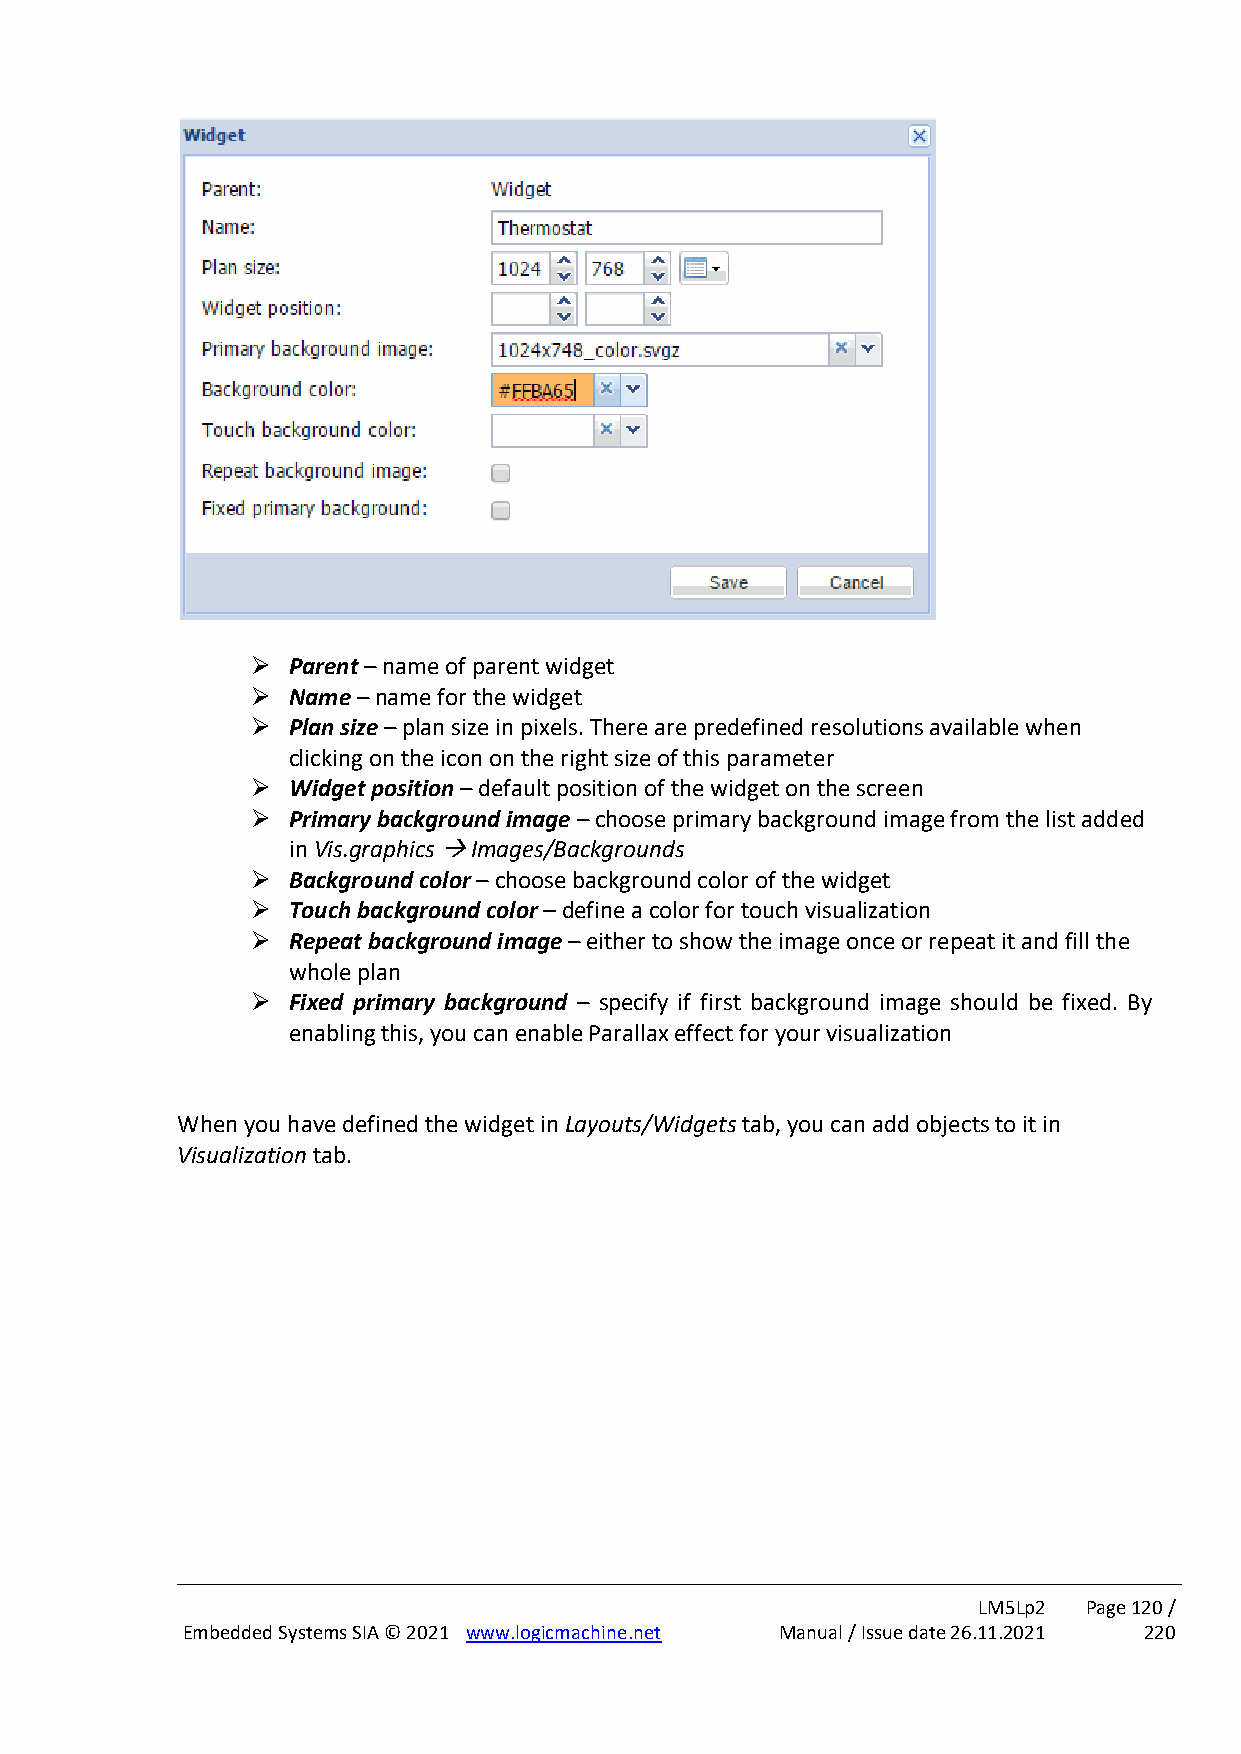
➢ Parent – name of parent widget
 ➢ Name – name for the widget
 ➢ Plan size – plan size in pixels. There are predefined resolutions available when
 clicking on the icon on the right size of this parameter
 ➢ Widget position – default position of the widget on the screen
 ➢ Primary background image – choose primary background image from the list added
 in Vis.graphics → Images/Backgrounds
 ➢ Background color – choose background color of the widget
 ➢ Touch background color – define a color for touch visualization
 ➢ Repeat background image – either to show the image once or repeat it and fill the
 whole plan
 ➢ Fixed primary background – specify if first background image should be fixed. By
 enabling this, you can enable Parallax effect for your visualization
 When you have defined the widget in Layouts/Widgets tab, you can add objects to it in
 Visualization tab.
 LM5Lp2 Page 120 /
 Embedded Systems SIA © 2021 www.logicmachine.net Manual / Issue date 26.11.2021 220